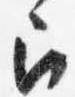
召